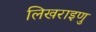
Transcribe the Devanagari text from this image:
लिखराइणु